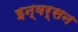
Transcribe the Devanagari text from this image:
इन्वर्सन